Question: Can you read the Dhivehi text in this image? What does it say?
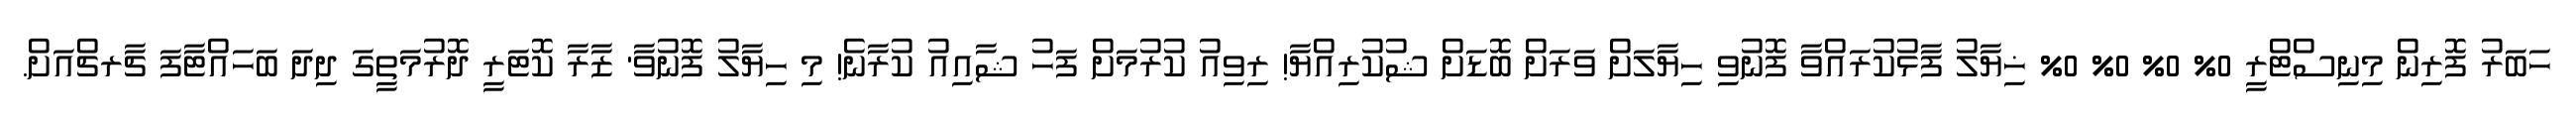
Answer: ހަބަރު ފޮރިން މިނިސްޓްރީ 0% 0% 0% 0% ޚިޔާލު ފާޅުކުރައްވާ ފޮނުވި ހިޔާލަށް ވަރަށް ބޮޑަށް ޝުކުރިއްޔާ! ރިވިއު ކުރުމަށް ފަހު ޝާއިއު ކުރާނެ! މި ހިޔާލު ފޮނުވާ' ޒާރާ ކޮޓަރީ ދޮރުމަތީގަ ދިދަ ބަހައްޓާފަ ޗާރޗްއަށް.